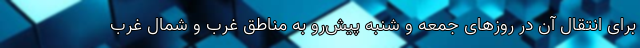
برای انتقال آن در روزهای جمعه و شنبه پیش‌رو به مناطق غرب و شمال غرب